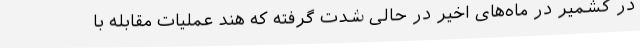
در کشمیر در ماه‌های اخیر در حالی شدت گرفته که هند عملیات مقابله با